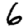
Digit: 6